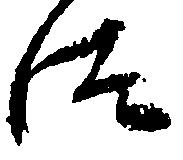
汰